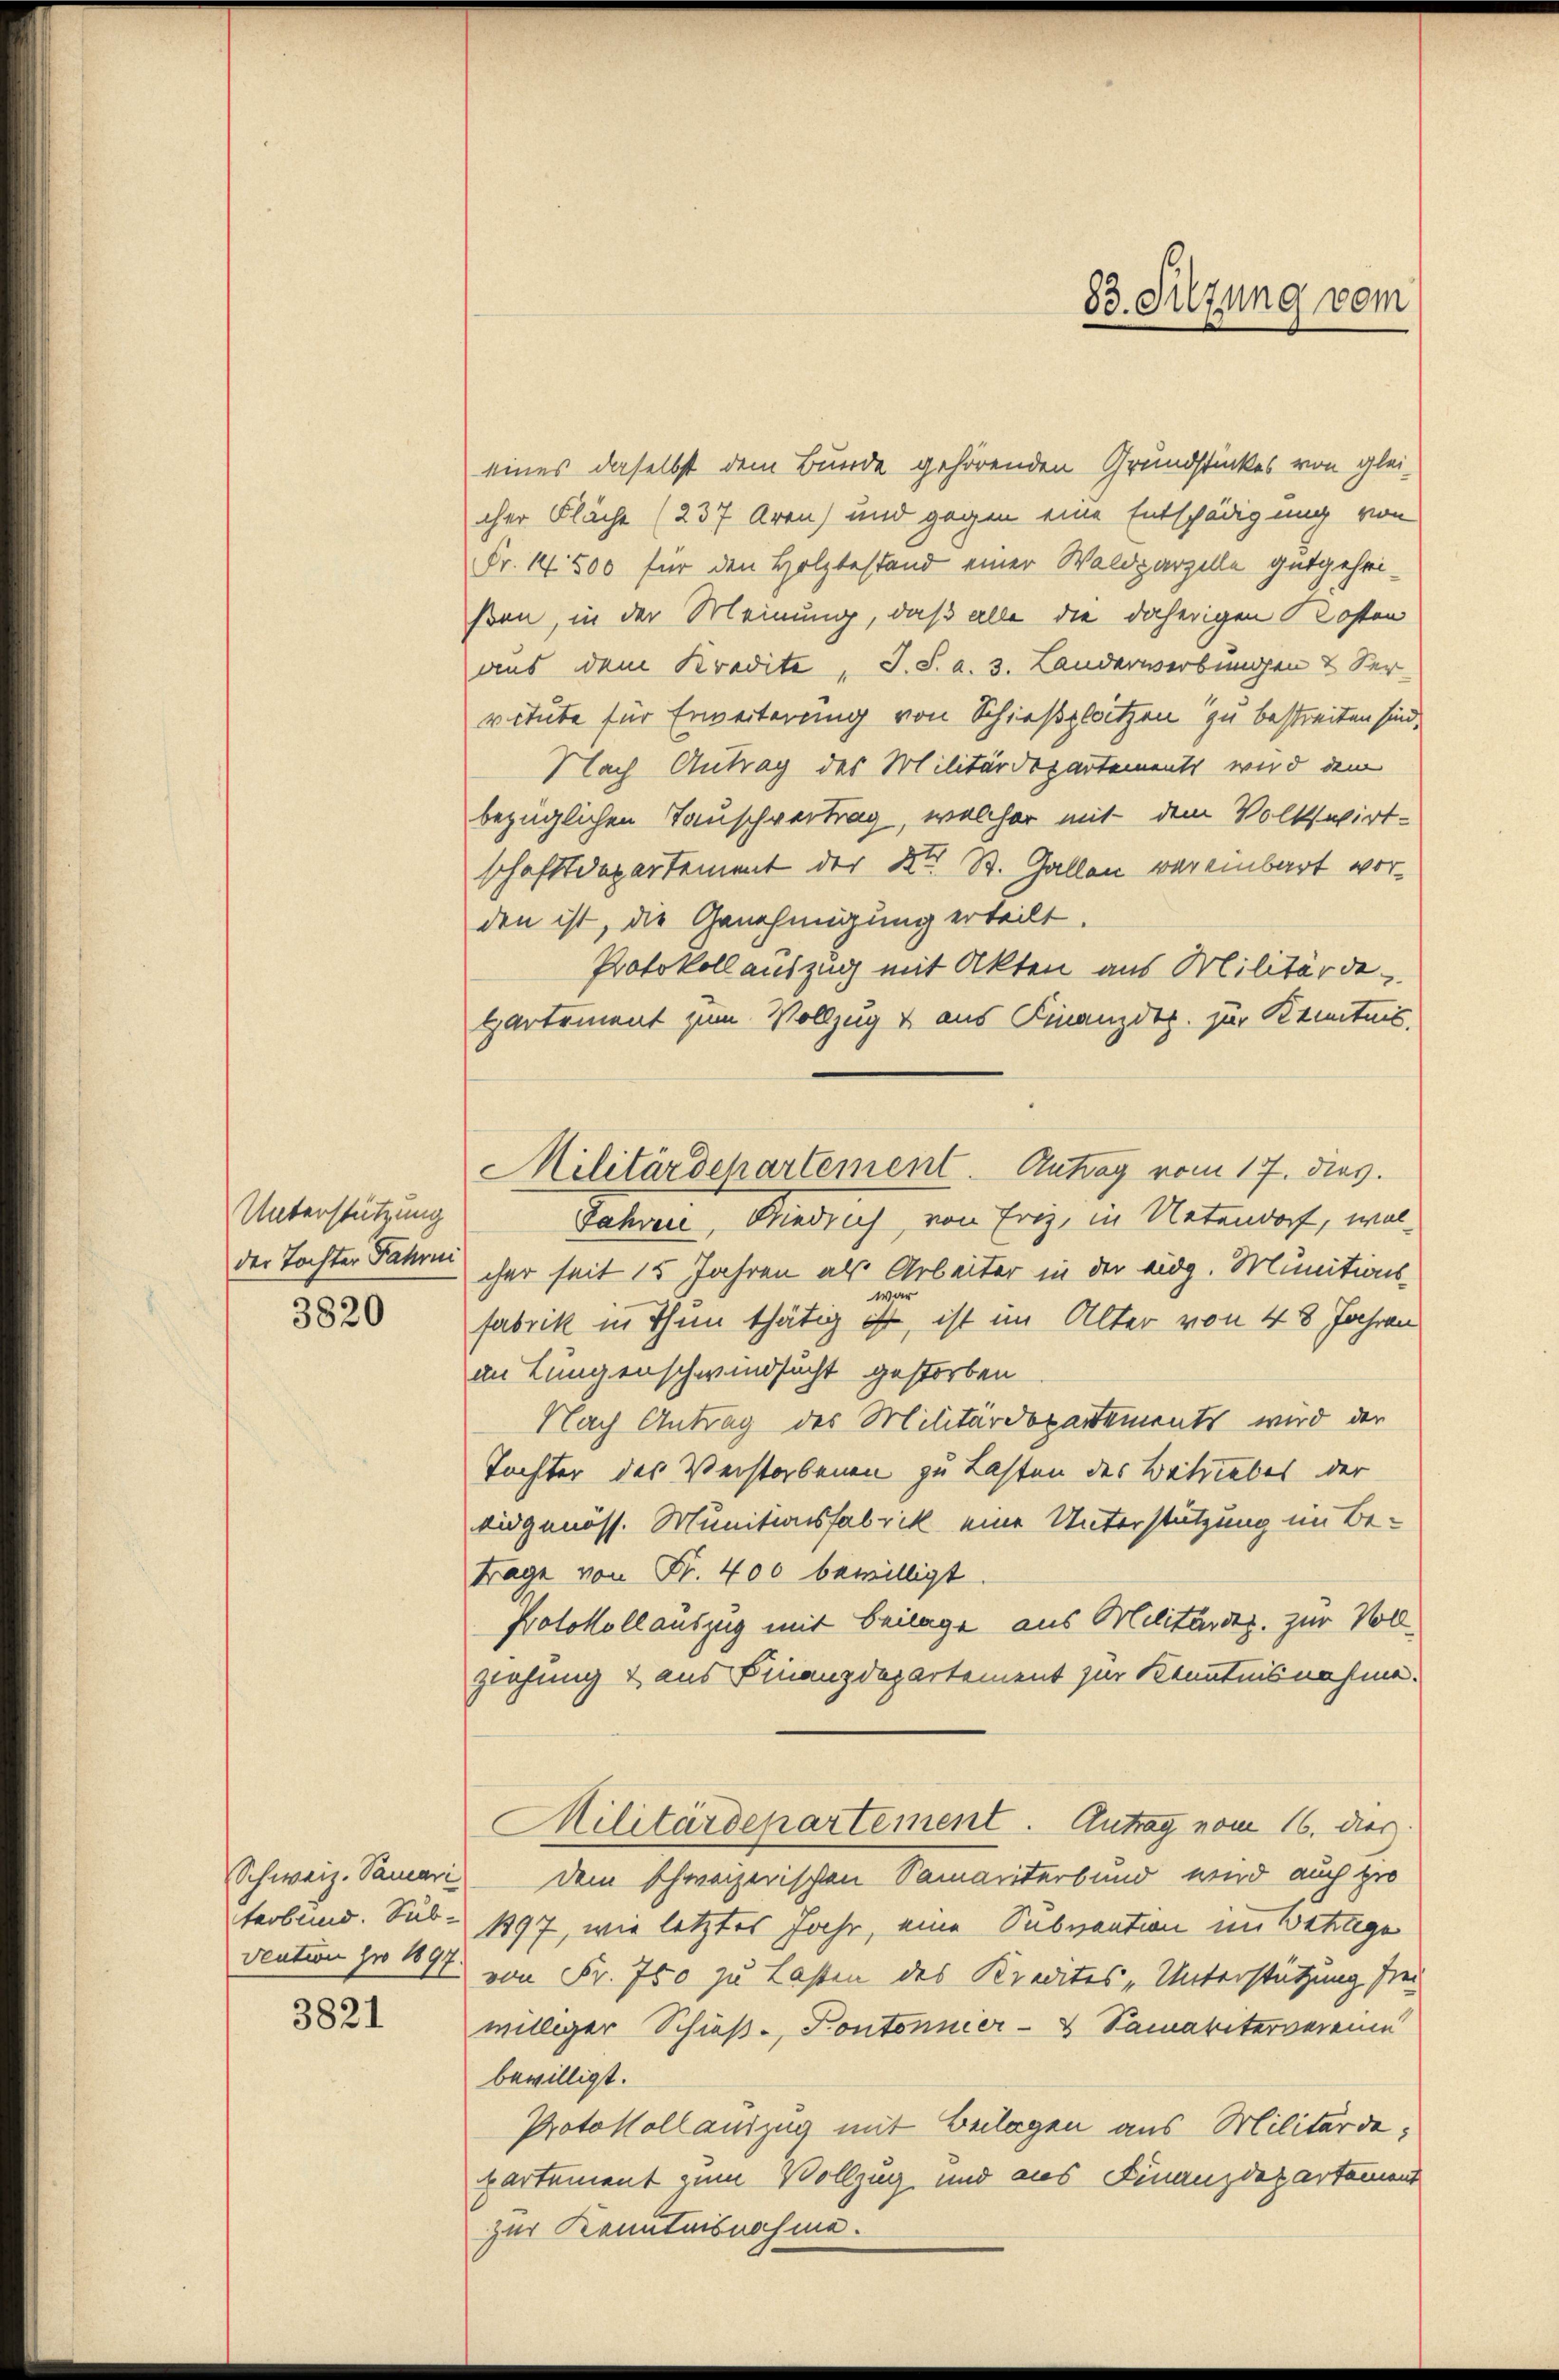
Unterstützung
der Tochter Fahre
3820

Schweiz. Samari
terbund. Sub-
vention pro 1897.

3821

eines daselbst dem Bunde gehörenden Grundstückes von gleicher Fläche (237 Aren) und gegen eine Entschädigung von
Fr. 14500 für den Holzbestand einer Waldparzelle gutgeheißen, in der Meinung, daß alle die daherigen Kosten
aus dem Kredite, J. S. a. 3. Landerwerbungen & der
vitute für Erweiterung von Schießplatzen zu bestreiten sind.
Nach Antrag des Militärdepartements wird dem
bezüglichen Tauschvertrag, welcher mit dem Volkswirt-
schaftsdepartement der Kt. St. Gallen vereinbart vorden ist, die Genehmigung erteilt.
Protokoll auszug mit Akten aus Militärde
ppartement zum Vollzug & aus Finanzdep. zur Kenntnis,
Jahren, Riedrich, von Erg, in Untendorf, welcher seit 15 Jahren als Arbeiter in der eidg. Munitions-
war
fabrik in Thun thätig ist, ist im Alter von 48 Jahren
an Lungenschwindsucht gestorben
Nach Antrag des Militärdepartements wird der
Tochter des Verstorbenen zu Lasten des Betriebes der
eidgenoss. Munitionsfabrik eine Unterstützung im Be-
trage von Fr. 400 bewilligt.
Protokollauszug mit Beilage aus Militärdep. zur Vollziehung & aus Finanzdepartement zur Kenntnisnahme.
Militärdepartement. Antrag vom 16. dies
dem schweizerischen Samariterbund wird auch gro
1897, wie letztes Jahr, eine Subnaation im Betttige
von Fr. 750 zu Lasten des Kredites „Unterstützung frei
williger Schieß- Kontonier- & Samaritervereine
bewilligt.
Protokollauszug mit Beilagen aus Militärdepartement zum Vollzug und aus Finanzdepartement
zur Kenntnisnahme.

Militärdepartement Antrag vom 17. dies

83. Sitzung vom